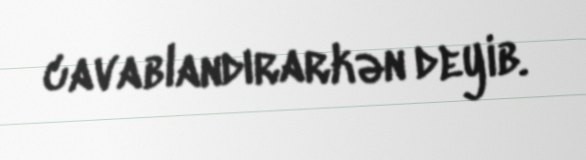
cavablandırarkən deyib.